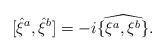
LaTeX: \begin{align*}[{\hat{\xi}}^a,{\hat{\xi}}^b]= - i\widehat{\{\xi ^a, \xi ^b\}}.\end{align*}